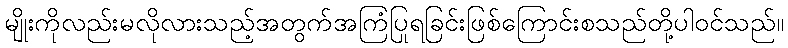
မျိုးကိုလည်းမလိုလားသည့်အတွက်အကြံပြုရခြင်းဖြစ်ကြောင်းစသည်တို့ပါဝင်သည်။